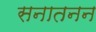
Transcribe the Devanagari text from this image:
सनातनन